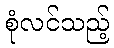
စုံလင်သည့်